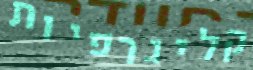
קליגרפיות